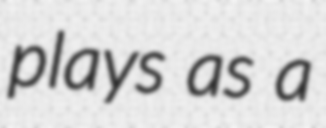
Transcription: plays as a